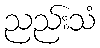
ညည်းသံ